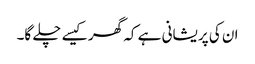
ان کی پریشانی ہے کہ گھر کیسے چلے گا۔